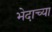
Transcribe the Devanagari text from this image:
भेदाच्या